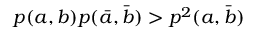
p ( a , b ) p ( \bar { a } , \bar { b } ) > p ^ { 2 } ( a , \bar { b } )